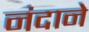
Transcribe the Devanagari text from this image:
नंदाने